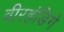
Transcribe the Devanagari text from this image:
वीरहंडिगे